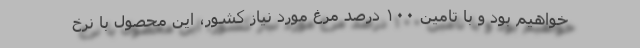
خواهیم بود و با تامین ۱۰۰ درصد مرغ مورد نیاز کشور، این محصول با نرخ